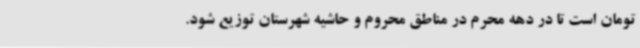
تومان است تا در دهه محرم در مناطق محروم و حاشیه شهرستان توزیع شود.